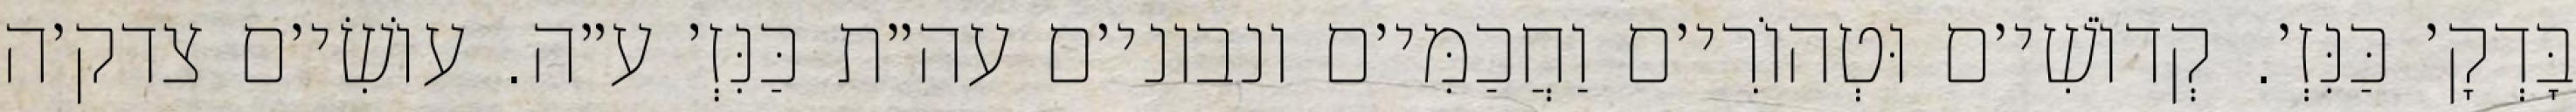
בָּדְקָ׳ כַּנִּזְ׳. קְדוֹשִׁי׳ם וּטְהוֹרִי׳ם וַחֲכַמִּי׳ם ונבוני׳ם עה״ת כַּנִּזְ׳ ע״ה. עוֹשִׂי׳ם צדק׳ה